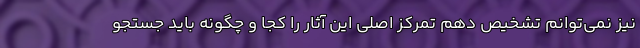
نیز نمی‌توانم تشخیص دهم تمرکز اصلی این آثار را کجا و چگونه باید جستجو